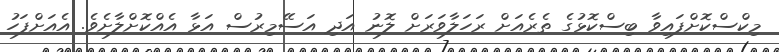
މިކްސްކޮށްފައިވާ ބިސްކޮޅުގެ ތެރެއަށް ރަހަލާވަރަށް ލޮނު އަދި އަސޭމިރުސް އަޅާ އެއްކޮށްލާށެވެ. އެއަށްފަހު